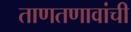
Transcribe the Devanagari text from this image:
ताणतणावांची